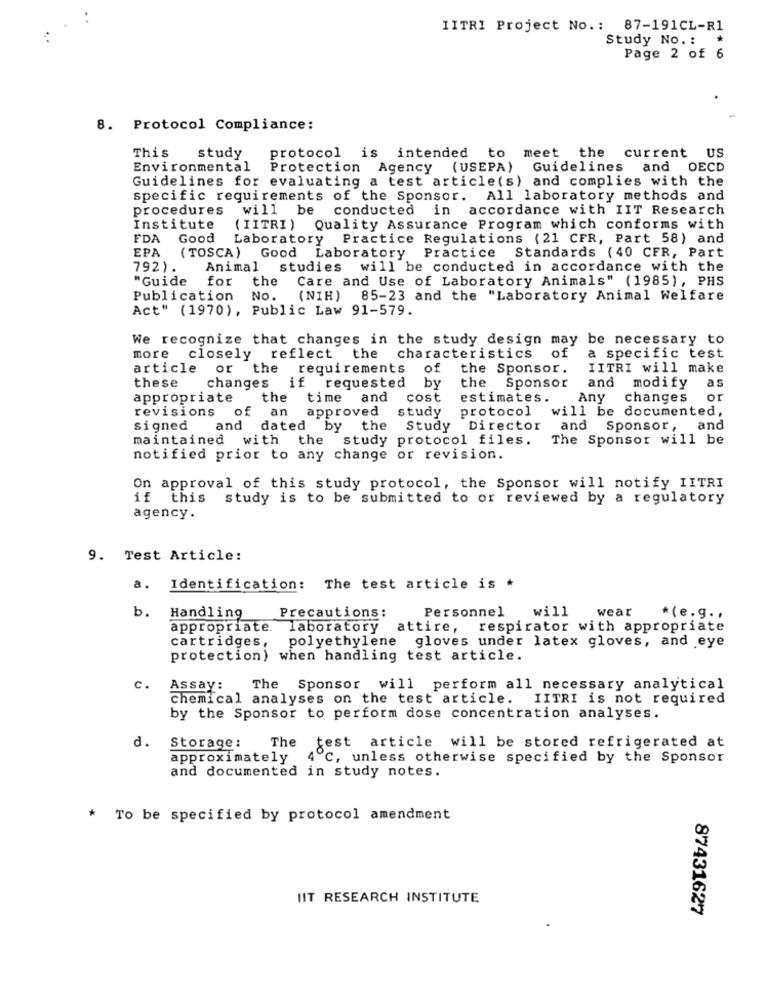
IITRI Project No .: 87-191CL-R1
Study No .: *
Page 2 of 6
8. Protocol Compliance:
current US
This
study
protocol is intended to meet the
Environmental
Protection Agency (USEPA) Guidelines
and OECD
Guidelines for evaluating a test article(s) and complies with the
specific requirements of the Sponsor. All laboratory methods and
procedures will be conducted in accordance with IIT Research
Institute
( IITRI) Quality Assurance Program which conforms with
FDA
Good
Laboratory Practice Regulations (21 CFR, Part 58) and
EPA
(TOSCA) Good Laboratory
Practice Standards (40 CFR, Part
792).
Animal studies will be conducted in accordance with the
"Guide
for
the
Care and Use of Laboratory Animals" (1985), PHS
Publication
No.
(NIH)
85-23 and the "Laboratory Animal Welfare
Act" (1970), Public Law 91-579.
We recognize that changes in the study design may be necessary to
more closely reflect the
characteristics of
a specific test
article or the requirements
of
the Sponsor.
IITRI will make
these
as
changes if requested
by
the
Sponsor and modify
appropriate
the
time and cost
estimates.
Any
changes
or
revisions of an approved
study protocol
will be documented,
signed
and dated by the Study Director
and
Sponsor ,
and
maintained with the study protocol files.
The Sponsor will be
notified prior to any change or revision.
On approval of this study protocol, the Sponsor will notify IITRI
if this
study is to be submitted to or reviewed by a regulatory
agency.
9. Test Article:
a.
Identification: The test article is *
b.
Personnel
will
wear
Handling
Precautions:
*(e.g .,
appropriate.
laboratory attire, respirator with appropriate
cartridges,
polyethylene gloves under latex gloves, and eye
protection) when handling test article.
C.
Assay:
The Sponsor will perform all necessary analytical
chemical analyses on the test article. IITRI is not required
by the Sponsor to perform dose concentration analyses.
Storage:
d.
The
test article will be stored refrigerated at
approximately
4℃, unless otherwise specified by the Sponsor
and documented in study notes.
* To be specified by protocol amendment
IIT RESEARCH INSTITUTE
87431627